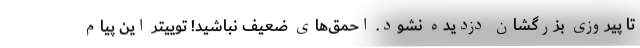
تا پیروزی بزرگشان دزدیده نشود. احمق‌های ضعیف نباشید! توییتر این پیام